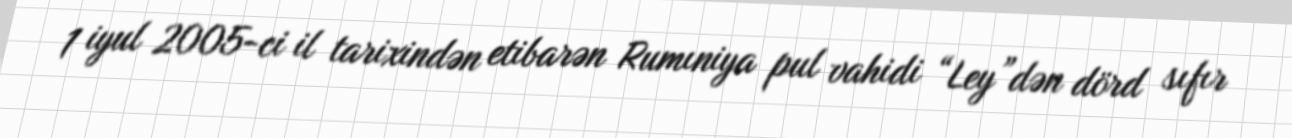
1 iyul 2005-ci il tarixindən etibarən Rumıniya pul vahidi “Ley”dən dörd sıfır